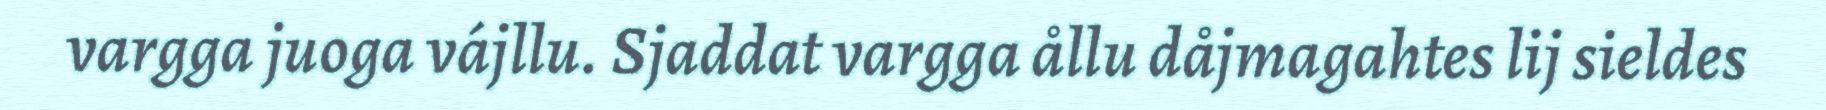
vargga juoga vájllu. Sjaddat vargga ållu dåjmagahtes lij sieldes